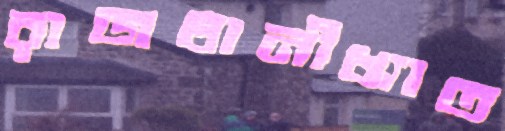
রাজধানীখ্যাত